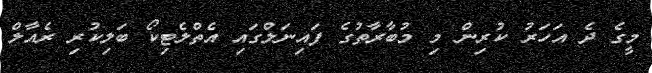
މީގެ ދެ އަހަރު ކުރިން މި މުބާރާތުގެ ފައިނަލްގައި އެތްލެޓިކޯ ބަލިކުރި ރެއާލް